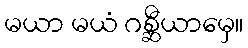
မယာ မယံ ဂစ္ဆီယာမှေ။